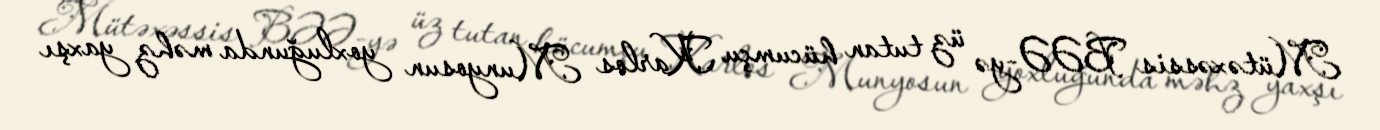
Mütəxəssis BƏƏ-yə üz tutan hücumçu Karlos Munyosun yoxluğunda məhz yaxşı